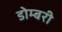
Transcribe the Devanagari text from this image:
डोम्‍बरी